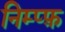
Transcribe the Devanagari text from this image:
निम्प्फ़